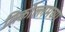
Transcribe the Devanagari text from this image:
तिकोल्लमच्या